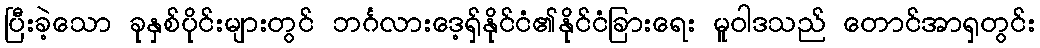
ပြီးခဲ့သော ခုနှစ်ပိုင်းများတွင် ဘင်္ဂလားဒေ့ရှ်နိုင်ငံ၏နိုင်ငံခြားရေး မူဝါဒသည် တောင်အာရှတွင်း